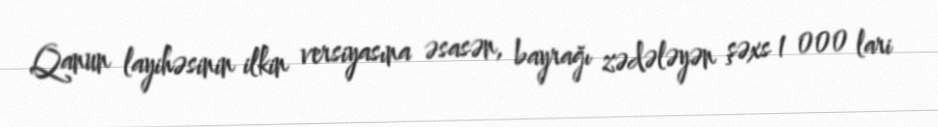
Qanun layihəsinin ilkin versiyasına əsasən, bayrağı zədələyən şəxs 1 000 lari